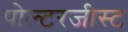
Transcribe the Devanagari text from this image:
पोल्टरजीस्ट